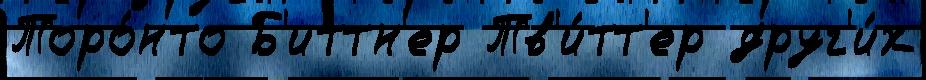
Торо́нто Б'иттн'ер Тв'и́тт'ер друг'и́х